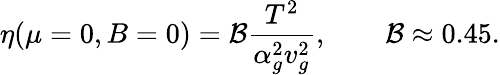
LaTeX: \eta(\mu=0,B=0)={\cal B}\frac{T^{2}}{\alpha_{g}^{2}v_{g}^{2}},\qquad{\cal B}\approx 0.45.